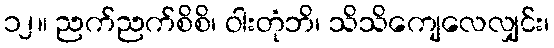
၁၂။ ညက်ညက်စိစိ၊ ဝါးတုံဘိ၊ သိသိကျေလေလျှင်း၊